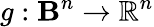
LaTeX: g:\mathbf{B}^{n}\to\mathbb{{R}}^{n}